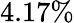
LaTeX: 4.17\%